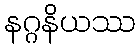
နဂ္ဂနိယဿ